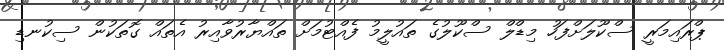
ޕްރައިމަރީ ސްކޫލަށްފަހު މިޑްލް ސްކޫލުގެ ތައުލީމު ފެއްޓުމަށް ތައްޔާރުވާއިރު އެތައް ގޮތަކުން ސިކުނޑި